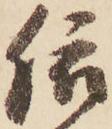
依